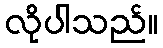
လိုပါသည်။